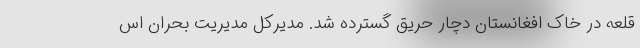
قلعه در خاک افغانستان دچار حریق گسترده شد. مدیرکل مدیریت بحران اس